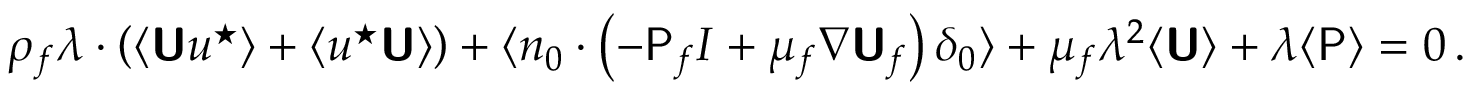
\rho _ { f } \boldsymbol { \lambda } \boldsymbol { \cdot } \left( \langle \boldsymbol { \mathsf { U } } \boldsymbol { u } ^ { \star } \rangle + \langle \boldsymbol { u } ^ { \star } \boldsymbol { \mathsf { U } } \rangle \right) + \langle \boldsymbol { n } _ { 0 } \boldsymbol { \cdot } \left( - \mathsf { P } _ { f } \boldsymbol { I } + \mu _ { f } \boldsymbol { \nabla } \boldsymbol { \mathsf { U } } _ { f } \right) \delta _ { 0 } \rangle + \mu _ { f } \lambda ^ { 2 } \langle \boldsymbol { \mathsf { U } } \rangle + \boldsymbol { \lambda } \langle \mathsf { P } \rangle = 0 \, .